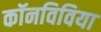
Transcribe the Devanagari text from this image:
कॉनविविया